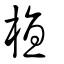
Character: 植